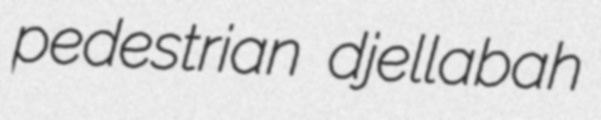
pedestrian djellabah